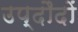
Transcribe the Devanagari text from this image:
उप्दौदों